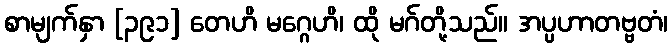
စာမျက်နှာ [၃၉၁] တေဟိ မဂ္ဂေဟိ၊ ထို မဂ်တို့သည်။ အပ္ပဟာတဗ္ဗတံ၊